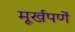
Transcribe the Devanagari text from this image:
मूर्खपणें